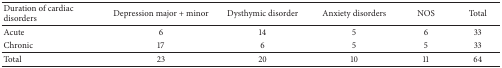
<table><thead><tr><td><b>Duration of cardiac disorders</b></td><td><b>Depression major + minor</b></td><td><b>Dysthymic disorder </b></td><td><b>Anxiety disorders</b></td><td><b>NOS</b></td><td><b>Total</b></td></tr></thead><tbody><tr><td>Acute</td><td>6</td><td>14</td><td>5</td><td>6</td><td>33</td></tr><tr><td>Chronic</td><td>17</td><td>6</td><td>5</td><td>5</td><td>33</td></tr><tr><td>Total</td><td>23</td><td>20</td><td>10</td><td>11</td><td>64</td></tr></tbody></table>